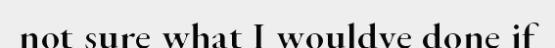
not sure what I wouldve done if